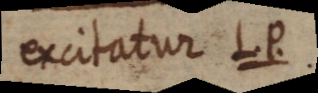
excitatur L. P.